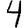
Digit: 4